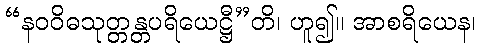
“နဝဝိဓသုတ္တန္တပရိယေဋ္ဌီ”တိ၊ ဟူ၍။ အာစရိယေန၊